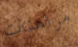
مراهنات